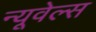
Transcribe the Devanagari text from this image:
न्यूवेल्स